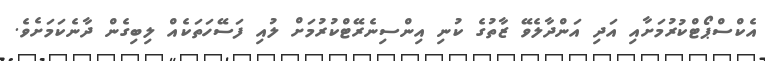
އެކްސްޕޯޓްކުރުމަށާއި އަދި އަންދާލެވޭ ޒާތުގެ ކުނި އިންސިނެރޭޓްކުރުމަށް ލުއި ފަސޭހަތަކެއް ލިބިގެން ދާނެކަމަށެވެ.